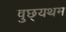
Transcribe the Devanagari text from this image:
वुछ्यथम